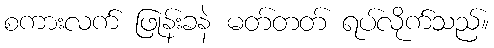
စကားလက် ဖြုန်းခနဲ မတ်တတ် ရပ်လိုက်သည်။